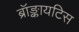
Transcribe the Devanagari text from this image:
ब्रॉङ्कायटिस